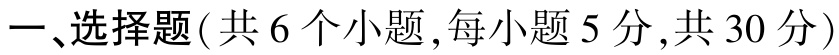
一、选择题(共 6 个小题,每小题 5 分,共 30 分)